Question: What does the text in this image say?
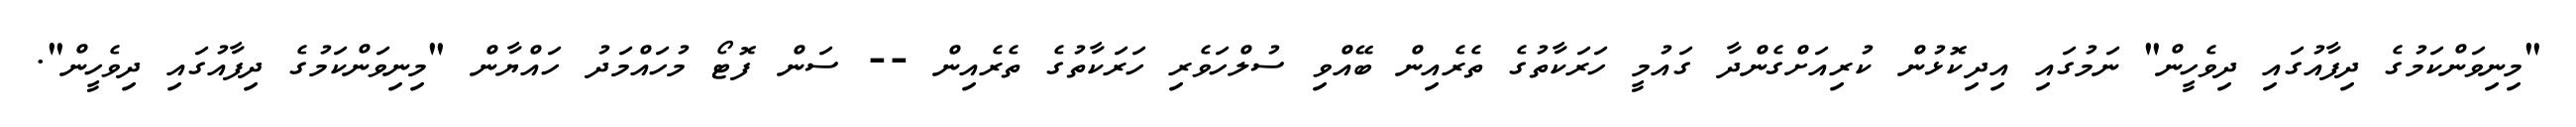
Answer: "މިނިވަންކަމުގެ ދިފާއުގައި ދިވެހީން" ނަމުގައި އިދިކޮޅުން ކުރިއަށްގެންދާ ގައުމީ ހަރަކާތުގެ ތެރެއިން ބޭއްވި ސުލްހަވެރި ހަރަކާތުގެ ތެރެއިން -- ސަން ފޮޓޯ މުހައްމަދު ހައްޔާން "މިނިވަންކަމުގެ ދިފާއުގައި ދިވެހީން".